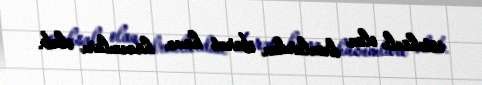
istehsalı olan dronlardan ibarət hava hücumları olub.